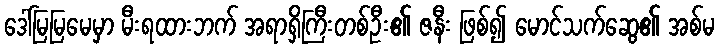
ဒေါ်မြမြမေမှာ မီးရထားဘက် အရာရှိကြီးတစ်ဦး၏ ဇနီး ဖြစ်၍ မောင်သက်ဆွေ၏ အစ်မ